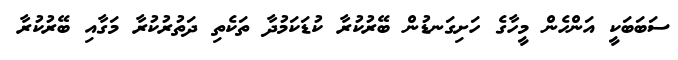
ސަބަބަކީ އަންހެން މީހާގެ ހަށިގަނޑުން ބޭރުކުރާ ކުޑަކަމުދާ ތަކެތި ދަތުރުކުރާ މަގާއި ބޭރުކުރާ